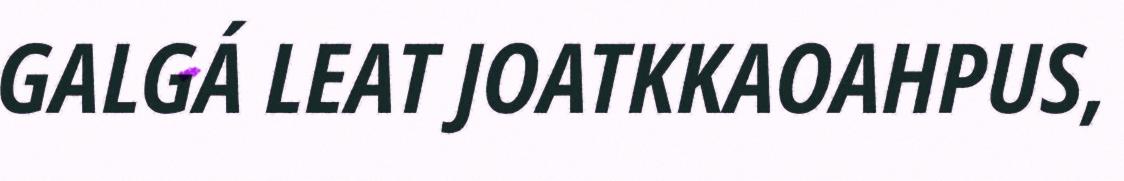
GALGÁ LEAT JOATKKAOAHPUS,